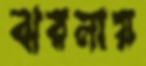
ঝরনায়